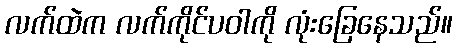
လက်ထဲက လက်ကိုင်ပဝါကို လုံးခြေနေသည်။